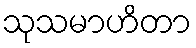
သုသမာဟိတာ